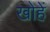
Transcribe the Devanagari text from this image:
खोहें